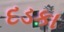
દડકા